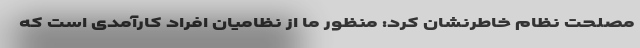
مصلحت نظام خاطرنشان کرد: منظور ما از نظامیان افراد کارآمدی است که